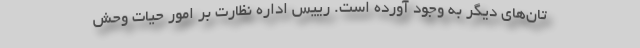
تان‌های دیگر به وجود آورده است. رییس اداره نظارت بر امور حیات وحش